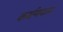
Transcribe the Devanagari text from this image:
कर्मणयता